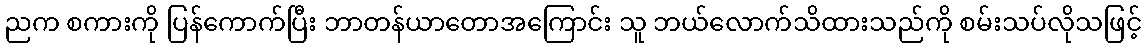
ညက စကားကို ပြန်ကောက်ပြီး ဘာတန်ယာတောအကြောင်း သူ ဘယ်လောက်သိထားသည်ကို စမ်းသပ်လိုသဖြင့်